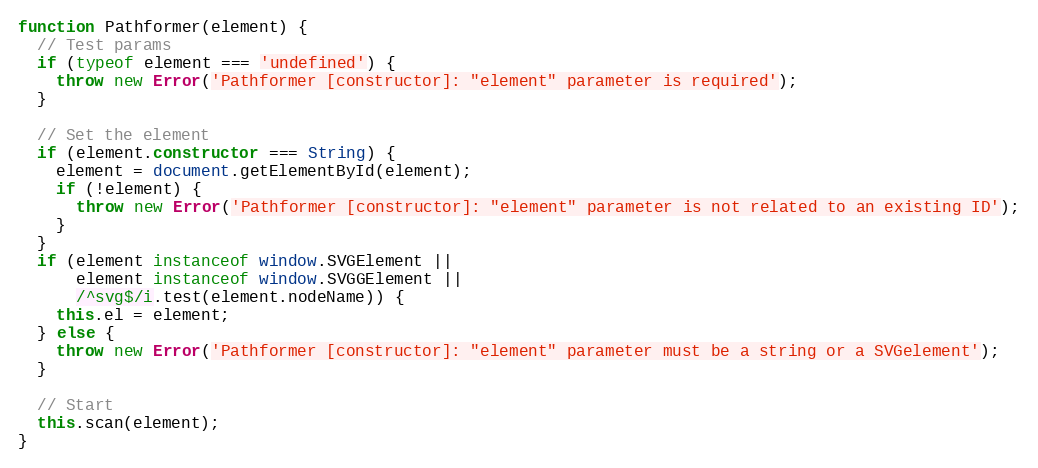
Language: JavaScript
function Pathformer(element) {
  // Test params
  if (typeof element === 'undefined') {
    throw new Error('Pathformer [constructor]: "element" parameter is required');
  }

  // Set the element
  if (element.constructor === String) {
    element = document.getElementById(element);
    if (!element) {
      throw new Error('Pathformer [constructor]: "element" parameter is not related to an existing ID');
    }
  }
  if (element instanceof window.SVGElement ||
      element instanceof window.SVGGElement ||
      /^svg$/i.test(element.nodeName)) {
    this.el = element;
  } else {
    throw new Error('Pathformer [constructor]: "element" parameter must be a string or a SVGelement');
  }

  // Start
  this.scan(element);
}